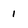
Character: 1